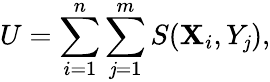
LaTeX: U=\sum_{i=1}^{n}\sum_{\mathit{j}=1}^{m}S(\mathbf{X}_{i},Y_{\mathit{j}}),